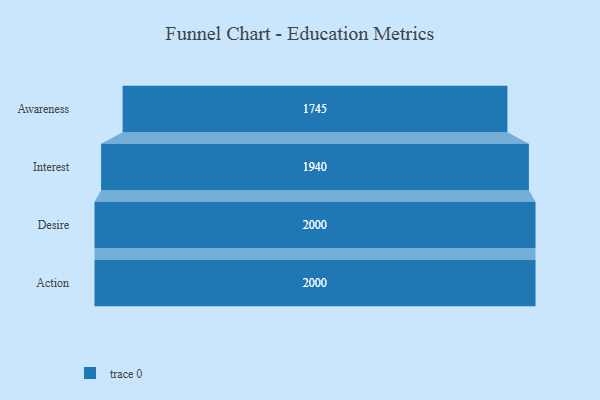
{"axis": {"x": "Stage", "y": "Value"}, "legend": [""], "data": [{"x": "Awareness", "y": 1745.0, "type": ""}, {"x": "Interest", "y": 1940.0, "type": ""}, {"x": "Desire", "y": 2000, "type": ""}, {"x": "Action", "y": 2000, "type": ""}]}